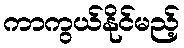
ကာကွယ်နိုင်မည့်